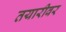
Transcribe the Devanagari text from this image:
तयारीवर